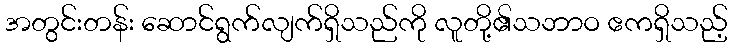
အတွင်းတန်း ဆောင်ရွက်လျက်ရှိသည်ကို လူတို့၏သဘာဝ ဧကရှိသည့်